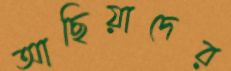
আছিয়াদের